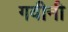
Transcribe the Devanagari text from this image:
गवीनी